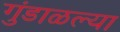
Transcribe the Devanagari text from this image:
गुंडाळल्या